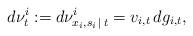
LaTeX: \begin{align*} d\nu^i_t:=d\nu^i_{x_i,s_i\,|\,t} = v_{i,t}\, dg_{i,t},\end{align*}